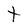
Character: t